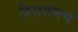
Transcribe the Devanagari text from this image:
हिरामणच